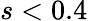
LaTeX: s<0.4